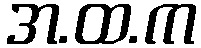
အ.ထ.က